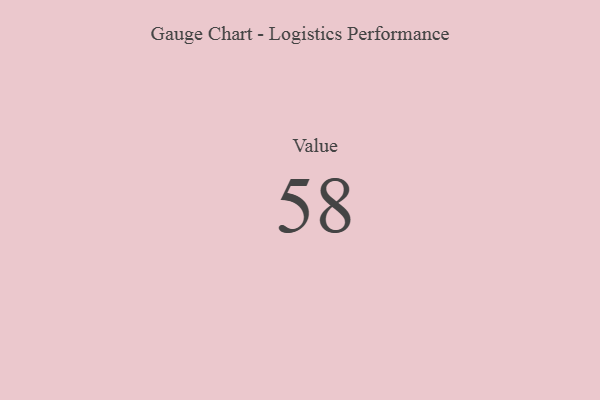
{"axis": {"x": "Metric", "y": "Value"}, "legend": [""], "data": [{"x": "Value", "y": 58, "type": ""}]}